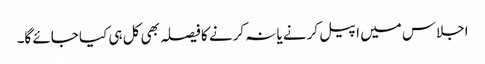
اجلاس میں اپیل کرنے یا نہ کرنے کا فیصلہ بھی کل ہی کیا جائے گا۔